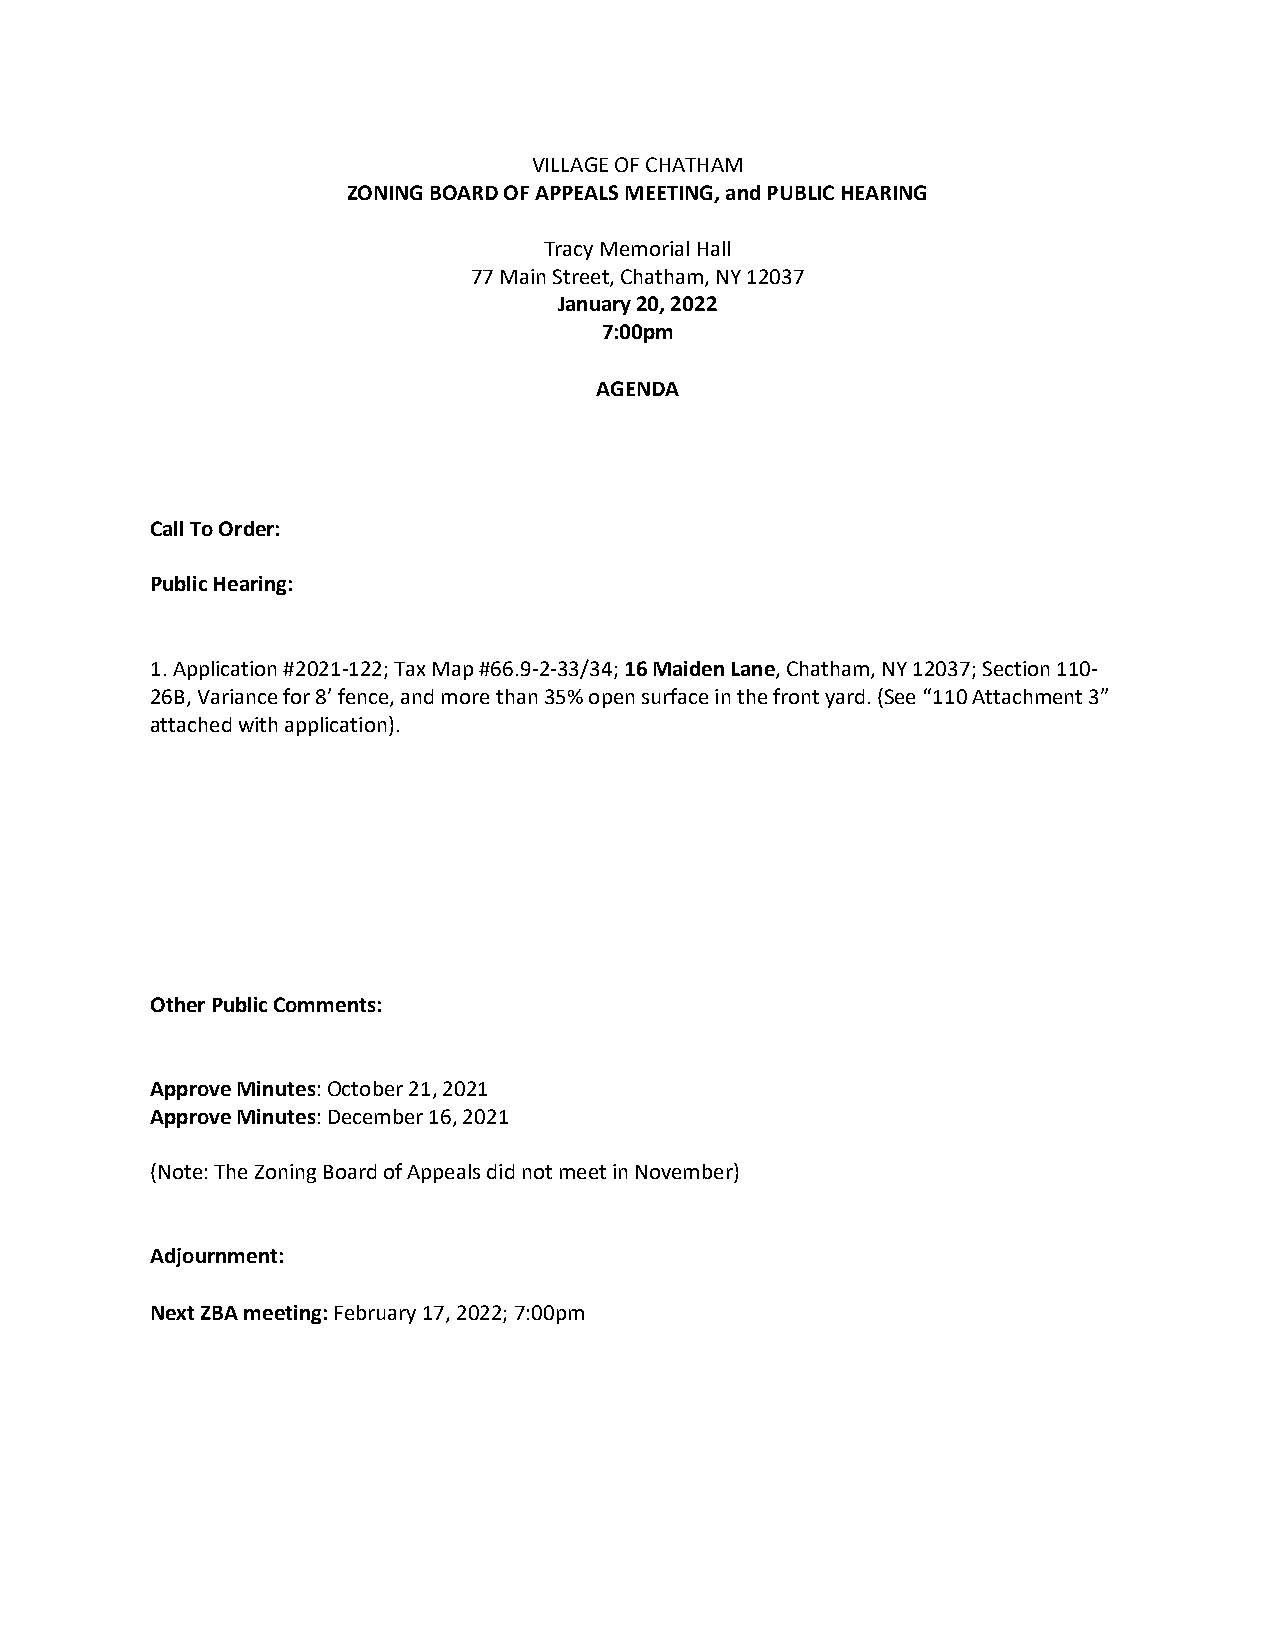
VILLAGE OF CHATHAM
 ZONING BOARD OF APPEALS MEETING, and PUBLIC HEARING
 Tracy Memorial Hall
 77 Main Street, Chatham, NY 12037
 January 20, 2022
 7:00pm
 AGENDA
 Call To Order:
 Public Hearing:
 1. Application #2021-122; Tax Map #66.9-2-33/34; 16 Maiden Lane, Chatham, NY 12037; Section 110-
 26B, Variance for 8’ fence, and more than 35% open surface in the front yard. (See “110 Attachment 3”
 attached with application).
 Other Public Comments:
 Approve Minutes: October 21, 2021
 Approve Minutes: December 16, 2021
 (Note: The Zoning Board of Appeals did not meet in November)
 Adjournment:
 Next ZBA meeting: February 17, 2022; 7:00pm